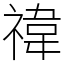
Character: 禕